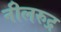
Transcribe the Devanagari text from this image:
नीलरुद्र